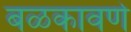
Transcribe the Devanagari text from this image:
बळकावणे